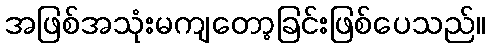
အဖြစ်အသုံးမကျတော့ခြင်းဖြစ်ပေသည်။